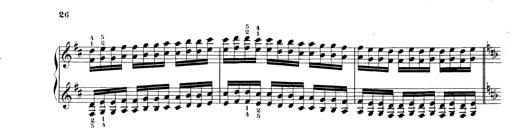
Title: Technische Studien
Composer: Franz Liszt